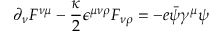
\partial _ { \nu } { \cal F } ^ { \nu \mu } - \frac { \kappa } { 2 } \epsilon ^ { \mu \nu \rho } { \cal F } _ { \nu \rho } = - e \bar { \psi } \gamma ^ { \mu } \psi